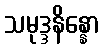
သမုဒ္ဒနိန္နော